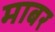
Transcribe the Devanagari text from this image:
माबर